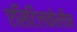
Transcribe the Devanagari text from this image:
एसिटिलकोलीन